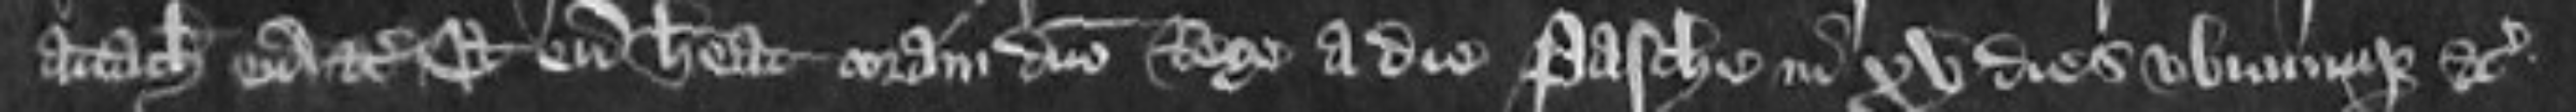
attachiat eum etc Et eum habeat coram domino Rege a die Pasche in XV dies ubicumque etc